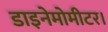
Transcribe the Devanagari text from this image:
डाइनेमोमीटर।